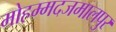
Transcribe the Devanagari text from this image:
मोहम्मदजमालपुर